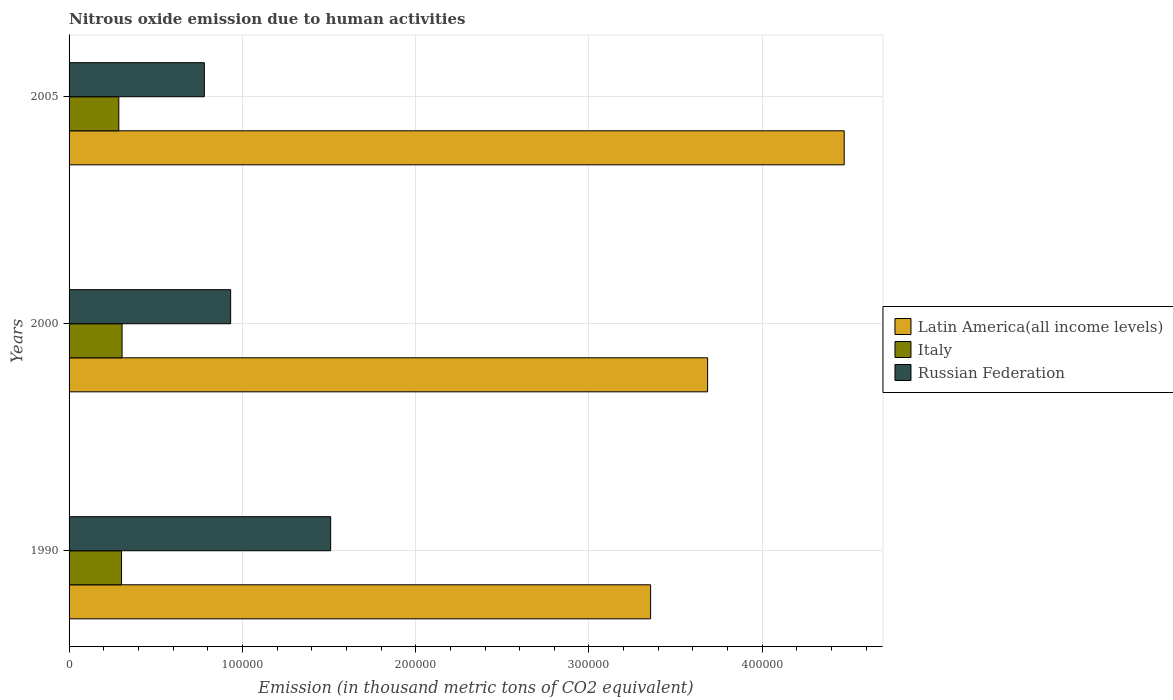
| Years | Latin America(all income levels) | Italy | Russian Federation |
 | --- | --- | --- | --- |
 | 1990 | 3.36e+05 | 3.03e+04 | 1.51e+05 |
 | 2000 | 3.68e+05 | 3.06e+04 | 9.32e+04 |
 | 2005 | 4.47e+05 | 2.87e+04 | 7.81e+04 |